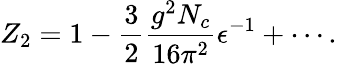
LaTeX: Z_{2}=1-{\frac{3}{2}}{\frac{g^{2}N_{c}}{16\pi^{2}}}\epsilon^{-1}+\cdots.